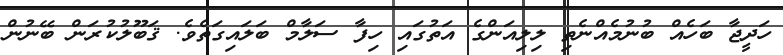
ހަދީޖާ ބަހެއް ބުނުމެއްނެތި ލިލިއަންގެ އަތުގައި ހިފާ ސަލާމް ބަލައިގަތެވެ. ޤަބޫލުކުރަން ބޭނުން